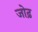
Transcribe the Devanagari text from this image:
जोढ़